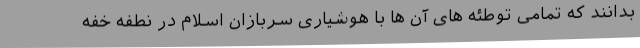
بدانند که تمامی توطئه های آن ها با هوشیاری سربازان اسلام در نطفه خفه